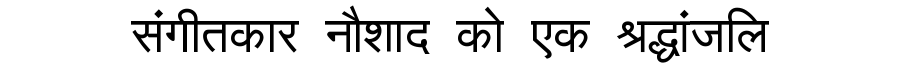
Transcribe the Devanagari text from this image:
संगीतकार नौशाद को एक श्रद्धांजलि